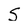
Character: S